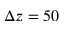
\Delta z = 5 0